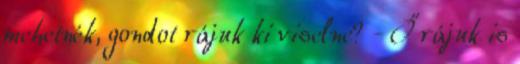
mehetnék, gondot rájuk ki viselne? - Ő rájuk is